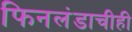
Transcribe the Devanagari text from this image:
फिनलंडाचीही